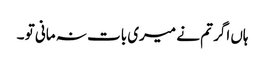
ہاں اگر تم نے میری بات نہ مانی تو ۔